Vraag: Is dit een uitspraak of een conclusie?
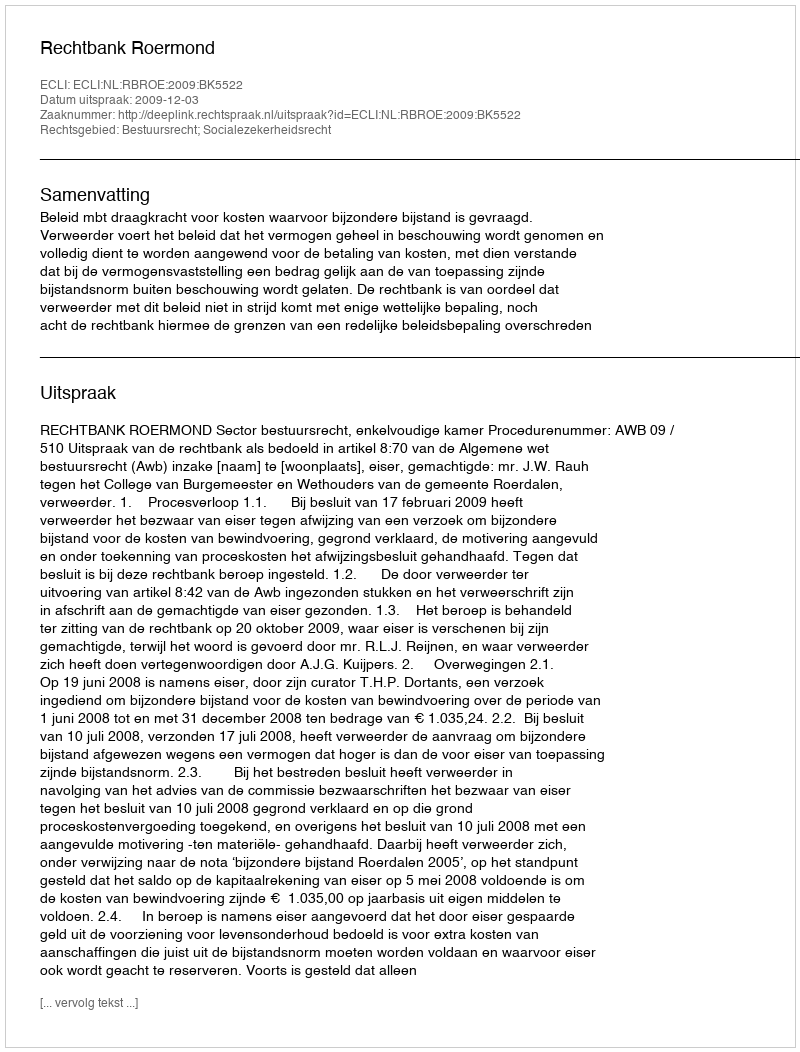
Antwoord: Uitspraak